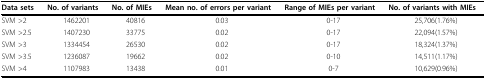
<table><thead><tr><td><b>Data sets</b></td><td><b>No. of variants</b></td><td><b>No. of MIEs</b></td><td><b>Mean no. of errors per variant</b></td><td><b>Range of MIEs per variant</b></td><td><b>No. of variants with MIEs</b></td></tr></thead><tbody><tr><td>SVM &gt;2</td><td>1462201</td><td>40816</td><td>0.03</td><td>0-17</td><td>25,706(1.76%)</td></tr><tr><td>SVM &gt;2.5</td><td>1407230</td><td>33775</td><td>0.02</td><td>0-17</td><td>22,094(1.57%)</td></tr><tr><td>SVM &gt;3</td><td>1334454</td><td>26530</td><td>0.02</td><td>0-17</td><td>18,324(1.37%)</td></tr><tr><td>SVM &gt;3.5</td><td>1236087</td><td>19662</td><td>0.02</td><td>0-10</td><td>14,511(1.17%)</td></tr><tr><td>SVM &gt;4</td><td>1107983</td><td>13438</td><td>0.01</td><td>0-7</td><td>10,629(0.96%)</td></tr></tbody></table>